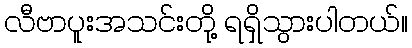
လီဗာပူးအသင်းတို့ ရရှိသွားပါတယ်။